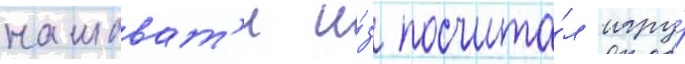
нашават'и и́з посчита́л игру́